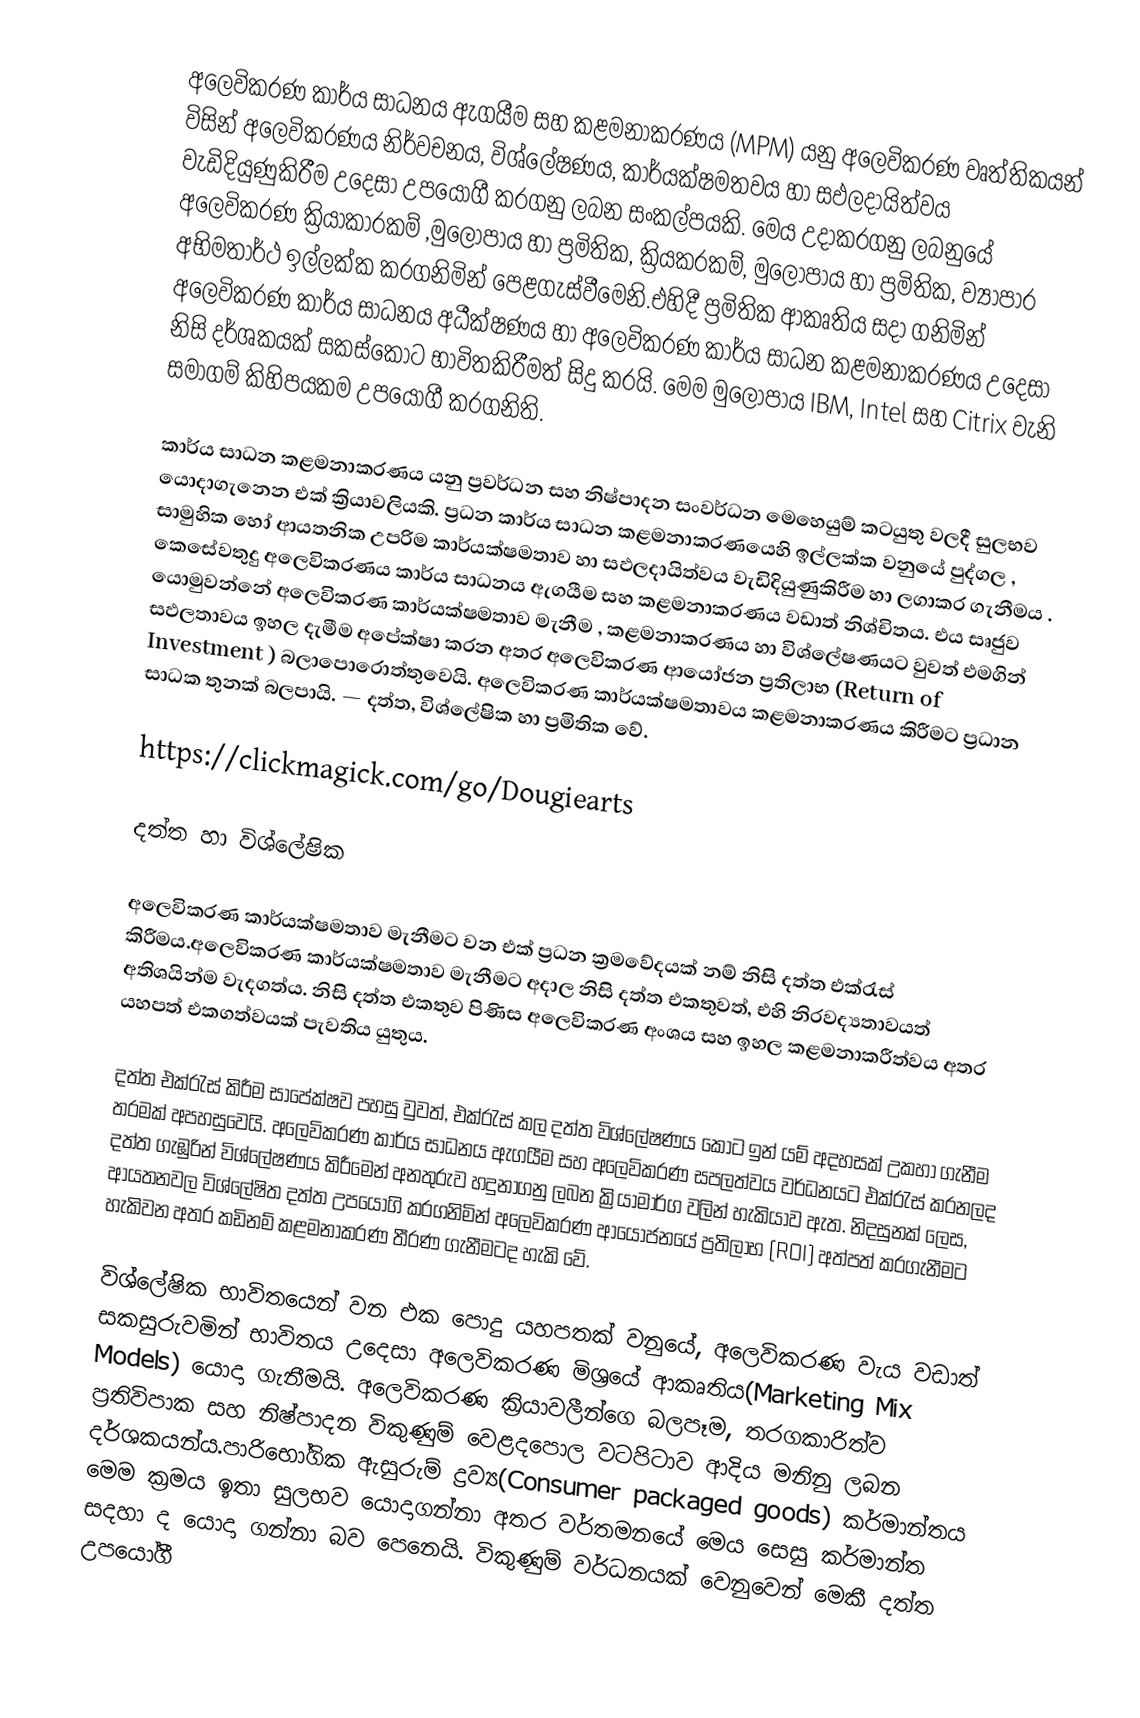
අලෙවිකරණ කාර්ය සාධනය ඇගයීම සහ කළමනාකරණය (MPM)  යනු   අලෙවිකරණ වෘත්තිකයන්  විසින් අලෙවිකරණය  නිර්වචනය, විශ්ලේෂණය, කාර්යක්ෂමතවය  හා සඵලදායිත්වය වැඩිදියුණුකිරීම උදෙසා උපයෝගී කරගනු ලබන සංකල්පයකි. මෙය උදාකරගනු ලබනුයේ අලෙවිකරණ ක්‍රියාකාරකම් ,මුලෝපාය හා ප්‍රමිතික,  ක්‍රියකරකම්, මුලෝපාය හා ප්‍රමිතික,  ව්‍යාපාර අභිමතාර්ථ ඉල්ලක්ක කරගනිමින් පෙළගැස්වීමෙනි.එහිදී ප්‍රමිතික ආකෘතිය සදා ගනිමින් අලෙවිකරණ කාර්ය සාධනය අධීක්ෂණය හා අලෙවිකරණ කාර්ය සාධන කළමනාකරණය උදෙසා නිසි දර්ශකයක් සකස්කොට භාවිතකිරීමත් සිදු කරයි. මෙම මුලෝපාය IBM, Intel සහ  Citrix  වැනි සමාගම් කිහිපයකම උපයෝගී කරගනිති.

කාර්ය සාධන කළමනාකරණය  යනු ප්‍රවර්ධන සහ නිෂ්පාදන සංවර්ධන මෙහෙයුම් කටයුතු වලදී සුලභව යොදාගැනෙන එක් ක්‍රියාවලියකි. ප්‍රධන කාර්ය සාධන කළමනාකරණයෙහි ඉල්ලක්ක වනුයේ පුද්ගල , සාමුහික හෝ ආයතනික උපරිම කාර්යක්ෂමතාව හා සඵලදායිත්වය වැඩිදියුණුකිරීම හා ලගාකර ගැනීමය . කෙසේවතුදු අලෙවිකරණය  කාර්ය සාධනය ඇගයීම සහ කළමනාකරණය වඩාත් නිශ්චිතය. එය   සෘජුව යොමුවන්නේ අලෙවිකරණ  කාර්යක්ෂමතාව මැනීම , කළමනාකරණය හා විශ්ලේෂණයට වුවත්  එමගින් සඵලතාවය ඉහල දැමීම අපේක්ෂා ක‍රන අතර  අලෙවිකරණ ආයෝජන ප්‍රතිලාභ (Return of Investment )  බලාපොරොත්තුවෙයි.  අලෙවිකරණ  කාර්යක්ෂමතාවය කළමනාකරණය කිරීමට ප්‍රධාන සාධක තුනක් බලපායි. — දත්ත, විශ්ලේෂික හා ප්‍රමිතික වේ.

https://clickmagick.com/go/Dougiearts

දත්ත හා විශ්ලේෂික

අලෙවිකරණ කාර්යක්ෂමතාව මැනීමට වන එක් ප්‍රධන ක්‍රමවේදයක් නම් නිසි දත්ත එක්රැස් කිරීමය.අලෙවිකරණ කාර්යක්ෂමතාව මැනීමට අදාල නිසි දත්ත එකතුවත්, එහි නිරවද්‍යතාවයත් අතිශයින්ම වැදගත්ය. නිසි දත්ත එකතුව පිණිස අලෙවිකරණ අංශය සහ ඉහල කළමනාකරීත්වය අතර යහපත් එකගත්වයක් පැවතිය  යුතුය.

දත්ත එක්රැස් කිරීම සාපේක්ෂව පහසු වුවත්, එක්රැස් කල දත්ත විශ්ලේෂණය කොට ඉන් යම් අදහසක් උකහා ගැනීම තරමක් අපහසුවෙයි. අලෙවිකරණ  කාර්ය සාධනය ඇගයීම  සහ අලෙවිකරණ සපලත්වය වර්ධනයට එක්රැස් කරනලද දත්ත ගැඹුරින් විශ්ලේෂණය කිරීමෙන් අනතුරුව හදුනාගනු ලබන ක්‍රියාමාර්ග වලින් හැකියාව ඇත. නිදසුනක් ලෙස, ආයතනවල විශ්ලේෂිත දත්ත උපයෝගි කරගනිමින් අලෙවිකරණ ආයෝජනයේ ප්‍රතිලාභ (ROI) අත්පත් කරගැනීමට හැකිවන අතර කඩිනම් කළමනාකරණ තීරණ ගැනීමටද හැකි වේ.

විශ්ලේෂික භාවිතයෙන් වන එක පොදු යහපතක් වනුයේ,  අලෙවිකරණ වැය වඩාත් සකසුරුවමින් භාවිතය උදෙසා   අලෙවිකරණ මිශ්‍රයේ ආකෘතිය(Marketing Mix Models) යොදා ගැනීමයි. අලෙවිකරණ ක්‍රියාවලීන්ගෙ බලපෑම,  තරගකාරිත්ව ප්‍රතිවිපාක සහ නිෂ්පාදන විකුණුම් වෙළදපොල වටපිටාව ආදිය මනිනු ලබන දර්ශකයන්ය.පාරිභෝගික ඇසුරුම් ද්‍රව්‍ය(Consumer packaged goods) කර්මාන්තය මෙම ක්‍රමය ඉතා සුලභව යොදාගන්නා අතර වර්තමනයේ මෙය සෙසු කර්මාන්ත සදහා ද යොදා ගන්නා බව පෙනෙයි. විකුණුම් වර්ධනයක් වෙනුවෙන් මෙකී දත්ත උපයෝගී